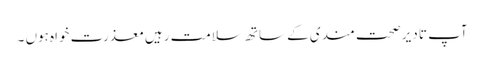
آپ تا دیر صحت مندی کے ساتھ سلامت رہیں معذرت خواہ ہوں ۔